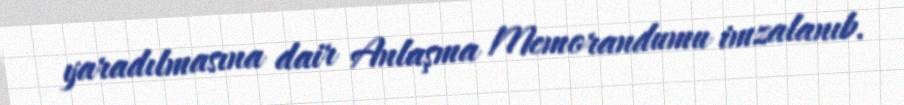
yaradılmasına dair Anlaşma Memorandumu imzalanıb.